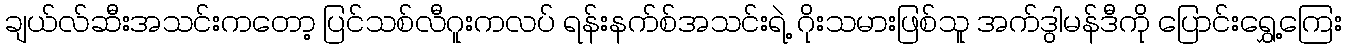
ချယ်လ်ဆီးအသင်းကတော့ ပြင်သစ်လီဂူးကလပ် ရန်းနက်စ်အသင်းရဲ့ ဂိုးသမားဖြစ်သူ အက်ဒွါမန်ဒီကို ပြောင်းရွှေ့ကြေး